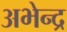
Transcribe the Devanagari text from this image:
अभेन्द्र